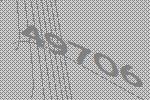
49706